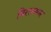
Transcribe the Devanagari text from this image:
बिरतनगर